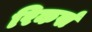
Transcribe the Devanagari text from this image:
रिकर्स